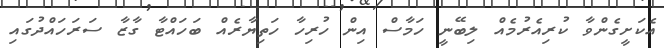
އެކަށީގެންވާ ކުރިއެރުމެއް ލިބޭނީ ހަމާސް އިން ހުރިހާ ހަތިޔާރެއް ބަހައްޓާ ގާޒާ ސަރަހައްދުގައި